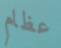
عظام